Annual report of the Central Committee of the Association together with the report of the directors of the Pasteur Institute at Kasauli
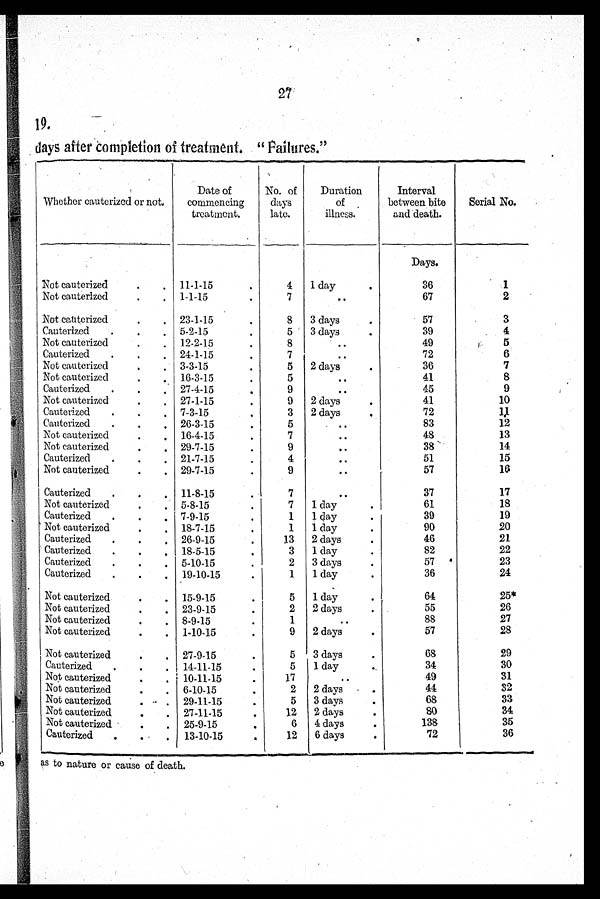
27
19.
days after completion of treatment. " Failures."
Whether cauterized or not,
Date of
commencing
treatment.
No. of
days
late.
Duration
of
illness.
Interval
between bite
and death.
Serial No.
Days.
Not cauterized
11-1-15
4
1 day
36
1
Not cauterized
1-1-15
7
..
67
2
Not cauterized
23-1-15
8
3 days
57
3
Cauterized
5-2-15
5
3 days
3 9
4
Not cauterized
12-2-15
8
..
4 9
5
Cauterized
24-1-15
7
..
7 2
6
Not cauterized
3-3-15
5
2 days
3 6
7
Not cauterized
16-3-15
5
..
41
8
Cauterized
27-4-15
9
..
4 5
9
Not cauterized
27-1-15
9
2 days
41
1 0
Cauterized
7-3-15
3
2 days
7 2
1 1
Cauterized
26-3-15
5
..
8 3
1 2
Not cauterized
16-4-15
7
..
4 8
1 3
Not cauterized
29-7-15
9
..
3 8
14
Cauterized
21-7-15
4
..
5 1
1 5
Not cauterized
29-7-15
9
..
57
1 6
Cauterized
11-8-15
7
..
3 7
17
Not cauterized
5-8-15
7
1 day
6 1 1 8
Cauterized
7-9-15
1
1 day
39
1 9
Not cauterized
18-7-15
1
1 day
9 0
20
Cauterized
26-9-15
13
2 days
4 6
21
Cauterized
18-5-15
3
1 day
3
82
8 2
2 2
Cauterized
5-10-15
2
3 days
5 7
23
Cauterized
19-10-15
1
1 day
3 6
2 4
Not cauterized
15-9-15
5
1 day
64
25*
Not cauterized
23-9-15
2
2 days
55
26
Not cauterized
8-9-15
1
..
88
27
Not cauterized
1-10-15
9
2 days
57
2 8
Not cauterized
27-9-15
5
3 days
6 8
2 9
Cauterized
14-11-15
5
1 day
3 4
3 0
Not cauterized
10-11-15
17
..
4 9
3 1
Not cauterized
6-10-15
2 2 days
4 4
3 2
Not cauterized
29-11-15
5
3 days
68
3 3
Not cauterized
27-11-15
1 2 2 days
8 0
3 4
Not cauterized
25-9-15
6
4 days
138
35
Cauterized
13-10-15
12
6 days
72
3 6
as to nature or cause of death.